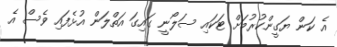
އެ ކަން ޔަގީންކުރުމަށް ޓަކައި ސަލޯނީ ގައިގަ އަތްލަން އުޅެފައި ވެސް އެ